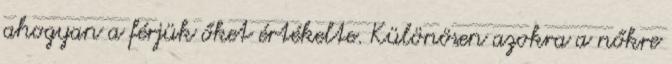
ahogyan a férjük őket értékelte. Különösen azokra a nőkre